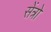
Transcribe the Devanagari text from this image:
सेंत्रो